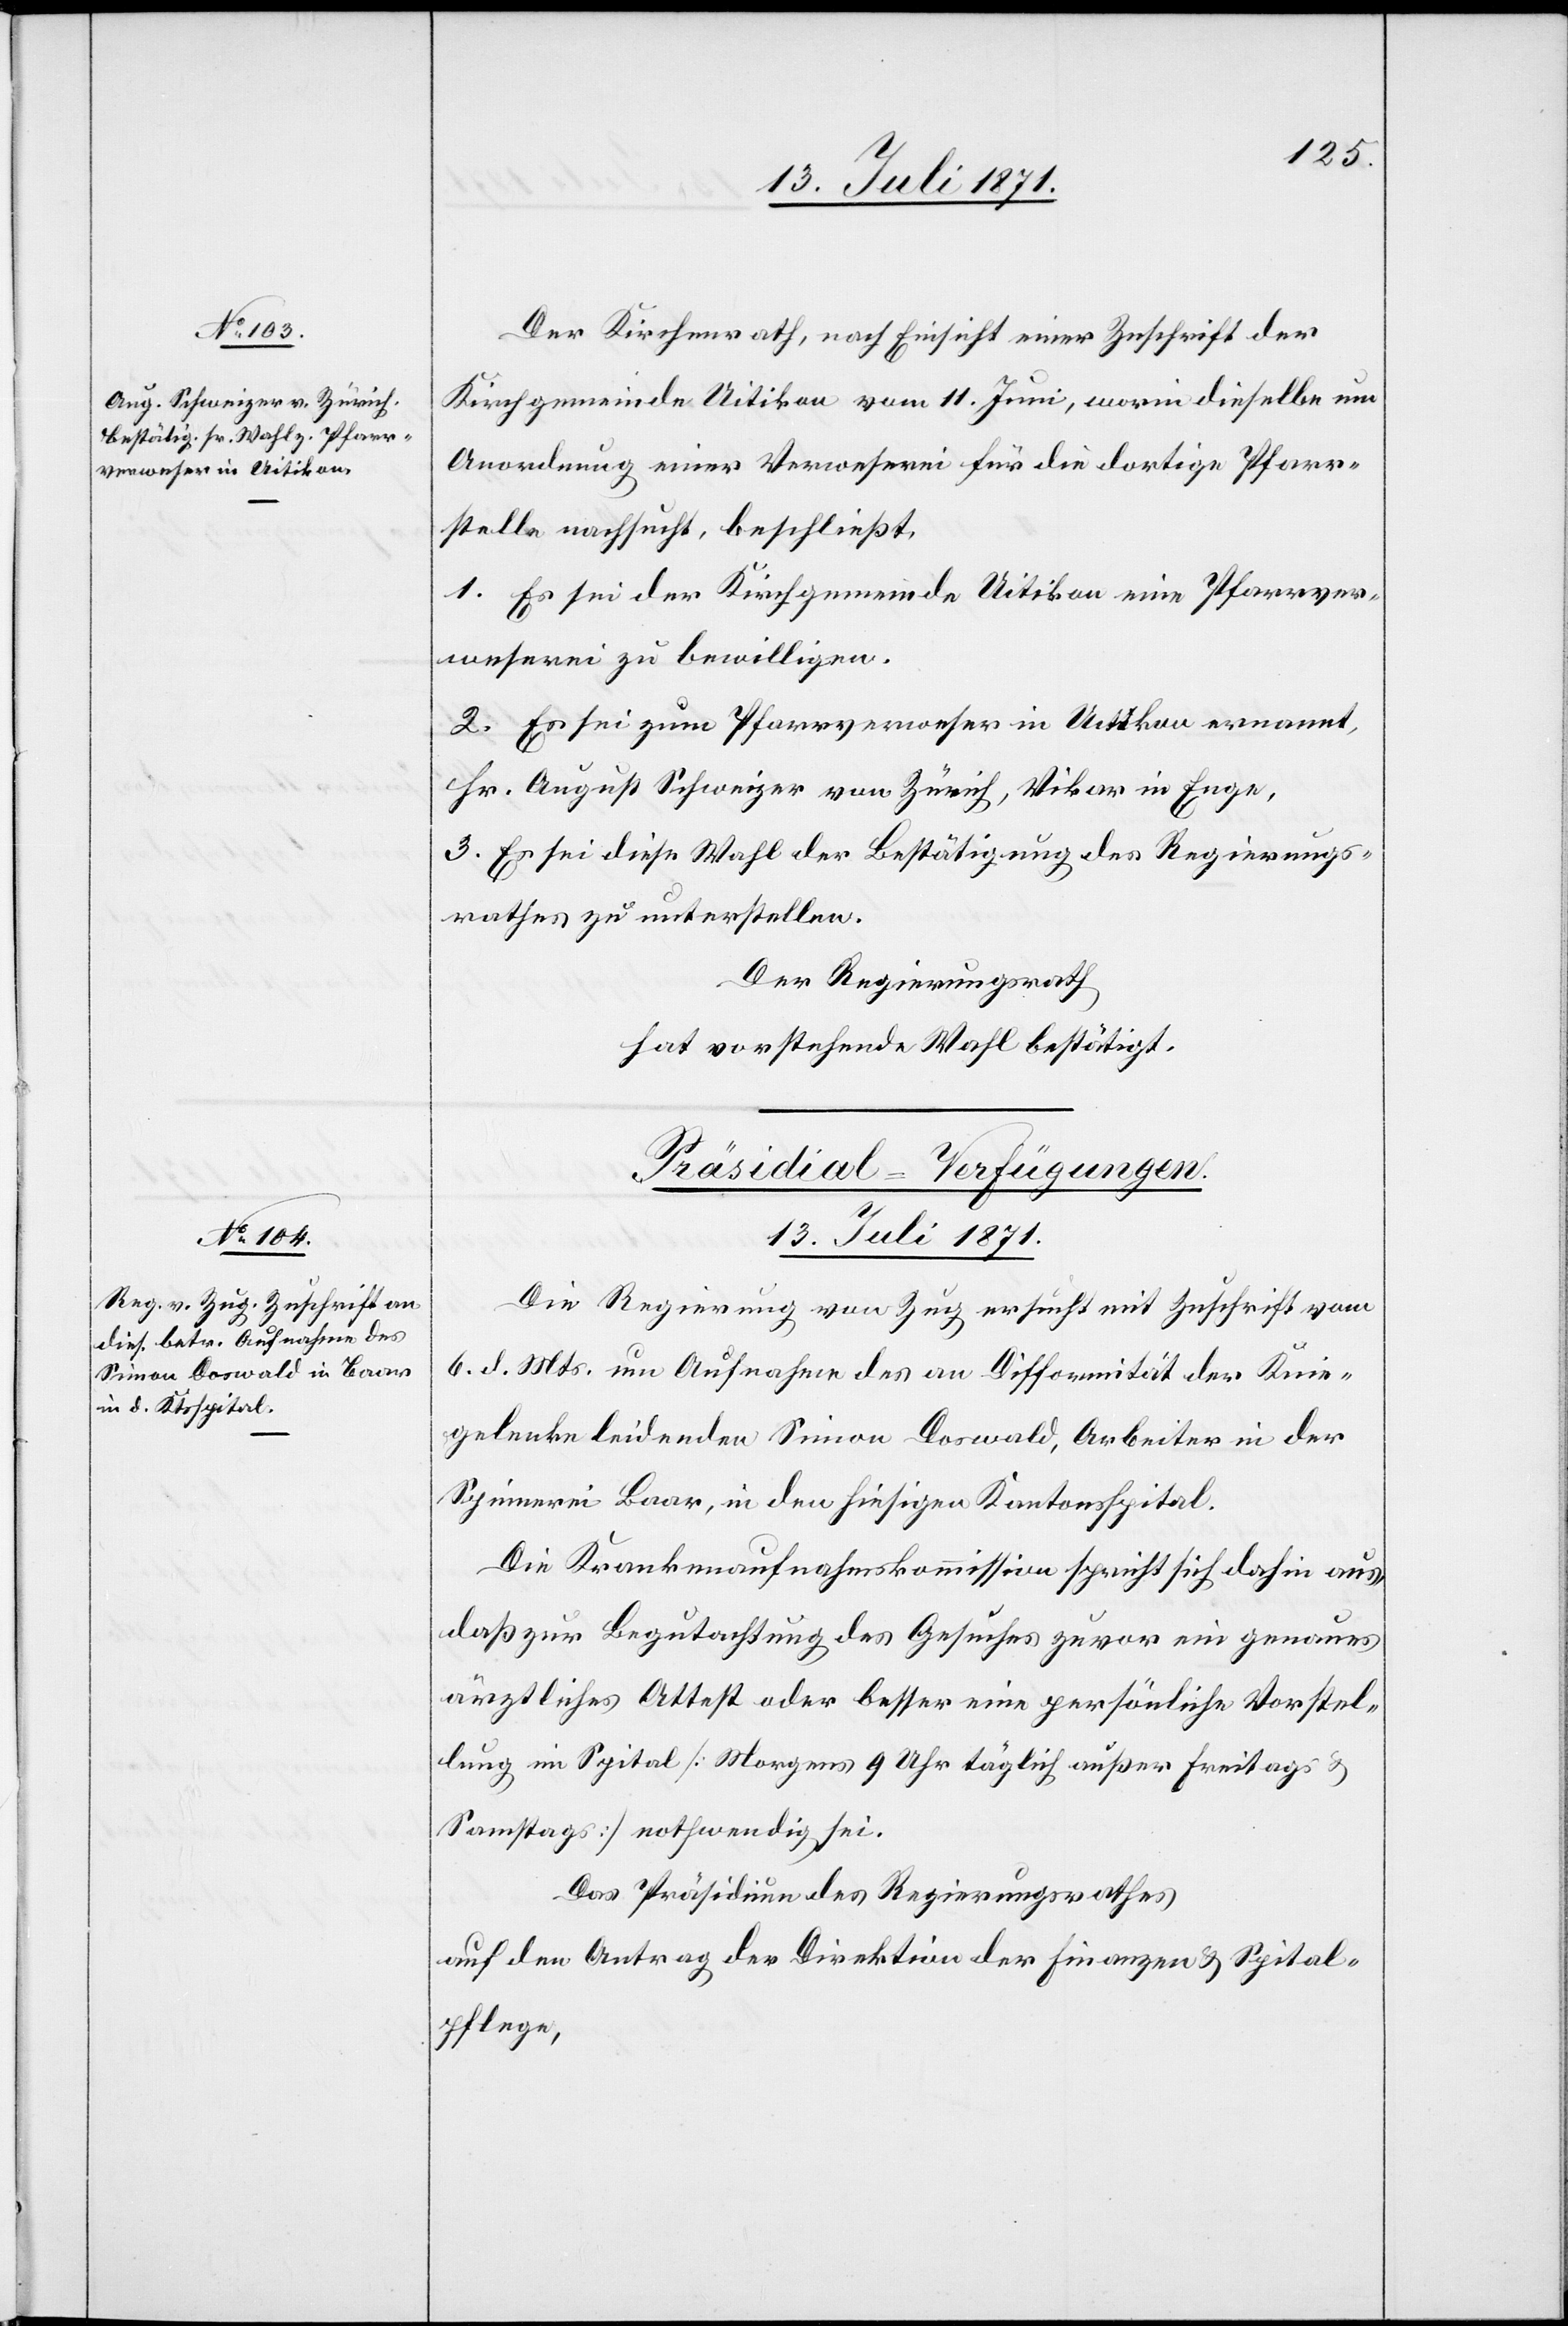
Der Kirchenrath, nach Einsicht einer Zuschrift der
Kirchgemeinde Uitikon vom 11. Juni, worin dieselbe um
Anordnung einer Verweserei für die dortige Pfarr¬
stelle nachsucht, beschließt,
1. Es sei der Kirchgemeinde Uitikon eine Pfarrver¬
weserei zu bewilligen.
2. Es sei zum Pfarrverweser in Uitikon ernannt,
Hr. August Schweizer von Zürich, Vikar in Enge,
3. Es sei diese Wahl der Bestätigung des Regierungs¬
rathes zu unterstellen.
Der Regierungsrath
hat vorstehende Wahl bestätigt.
Präsidial-Verfügungen
13. Juli 1871.
Die Regierung von Zug ersucht mit Zuschrift vom
6. d. Mts. um Aufnahme des an Difformität der Knie¬
gelenke leidenden Simon Doswald, Arbeiter in der
Spinnerei Baar, in den hiesigen Kantonsspital.
Die Krankenaufnahmskommission spricht sich dahin aus,
daß zur Begutachtung des Gesuches zuvor ein genaues
ärztliches Attest oder besser eine persönliche Vorstel¬
lung im Spital [Morgens 9 Uhr täglich außer Freitags u.
Samstags] notwendig sei.
Das Präsidium des Regierungsrathes
auf den Antrag der Direktion der Finanzen u. Spital¬
pflege,